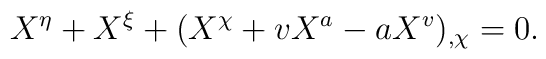
X^\eta + X^\xi +(X^\chi +vX^a -aX^v)_{,\chi}=0.